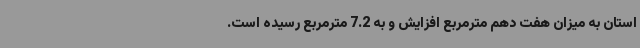
استان به میزان هفت دهم مترمربع افزایش و به 7.2 مترمربع رسیده است.